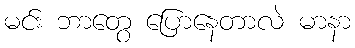
မင်း ဘာတွေ ပြောနေတာလဲ မာနာ